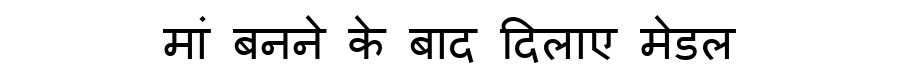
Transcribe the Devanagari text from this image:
मां बनने के बाद दिलाए मेडल